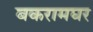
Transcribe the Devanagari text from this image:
बकरामघर